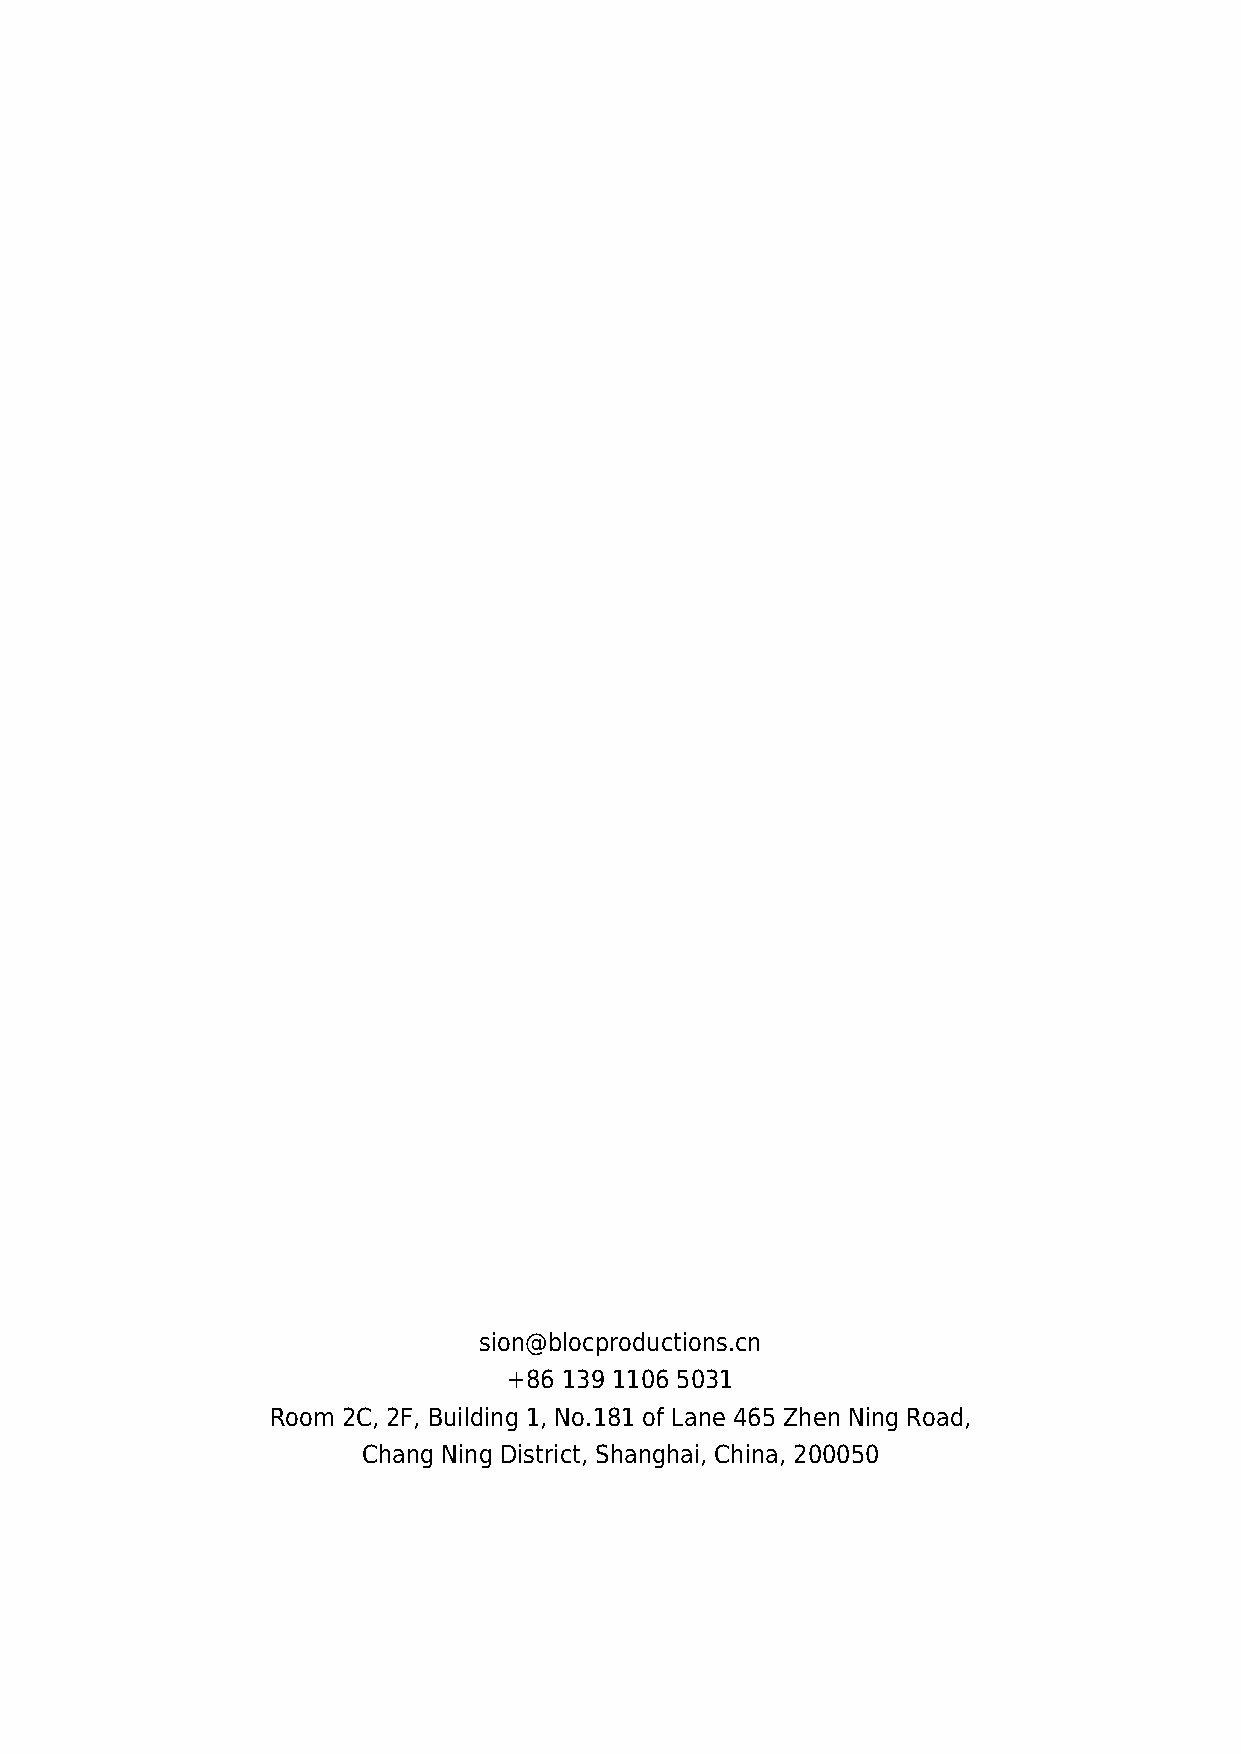
sion@blocproductions.cn
 +86 139 1106 5031
 Room 2C, 2F, Building 1, No.181 of Lane 465 Zhen Ning Road,
 Chang Ning District, Shanghai, China, 200050